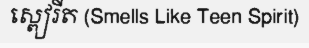
ស្ពៀរីត (Smells Like Teen Spirit)